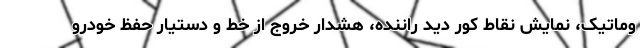
وماتیک، نمایش نقاط کور دید راننده، هشدار خروج از خط و دستیار حفظ خودرو